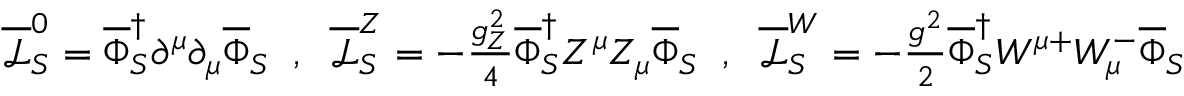
\begin{array} { r } { \overline { { \mathcal { L } } } _ { S } ^ { 0 } = \overline { { \Phi } } _ { S } ^ { \dag } \partial ^ { \mu } \partial _ { \mu } \overline { { \Phi } } _ { S } \; \; , \; \; \overline { { \mathcal { L } } } _ { S } ^ { Z } = - \frac { g _ { Z } ^ { 2 } } { 4 } \overline { { \Phi } } _ { S } ^ { \dag } Z ^ { \mu } Z _ { \mu } \overline { { \Phi } } _ { S } \; \; , \; \; \overline { { \mathcal { L } } } _ { S } ^ { W } = - \frac { g ^ { 2 } } { 2 } \overline { { \Phi } } _ { S } ^ { \dag } W ^ { \mu + } W _ { \mu } ^ { - } \overline { { \Phi } } _ { S } } \end{array}